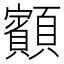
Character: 顮